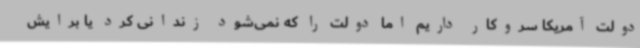
دولت آمریکا سروکار داریم اما دولت را که نمی‌شود زندانی کرد یا برایش